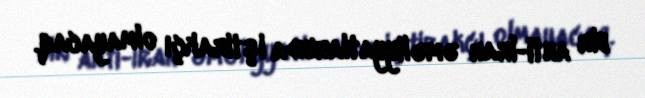
bir anti-İran əməliyyatlarında iştirakçı olmayacaq.